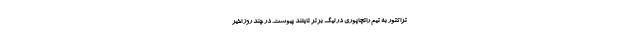
تراکتور به تیم راتچاپوری در لیگ برتر تایلند پیوست. در چند روز اخیر